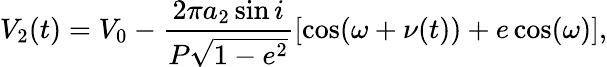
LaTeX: V_{2}(t)=V_{0}-\frac{2\pi a_{2}\sin{i}}{P\sqrt{1-e^{2}}}[\cos(\omega+\nu(t))+e\cos(\omega)],